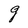
Character: g